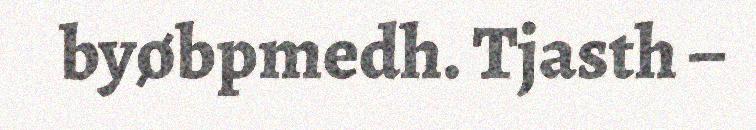
byøbpmedh. Tjasth –